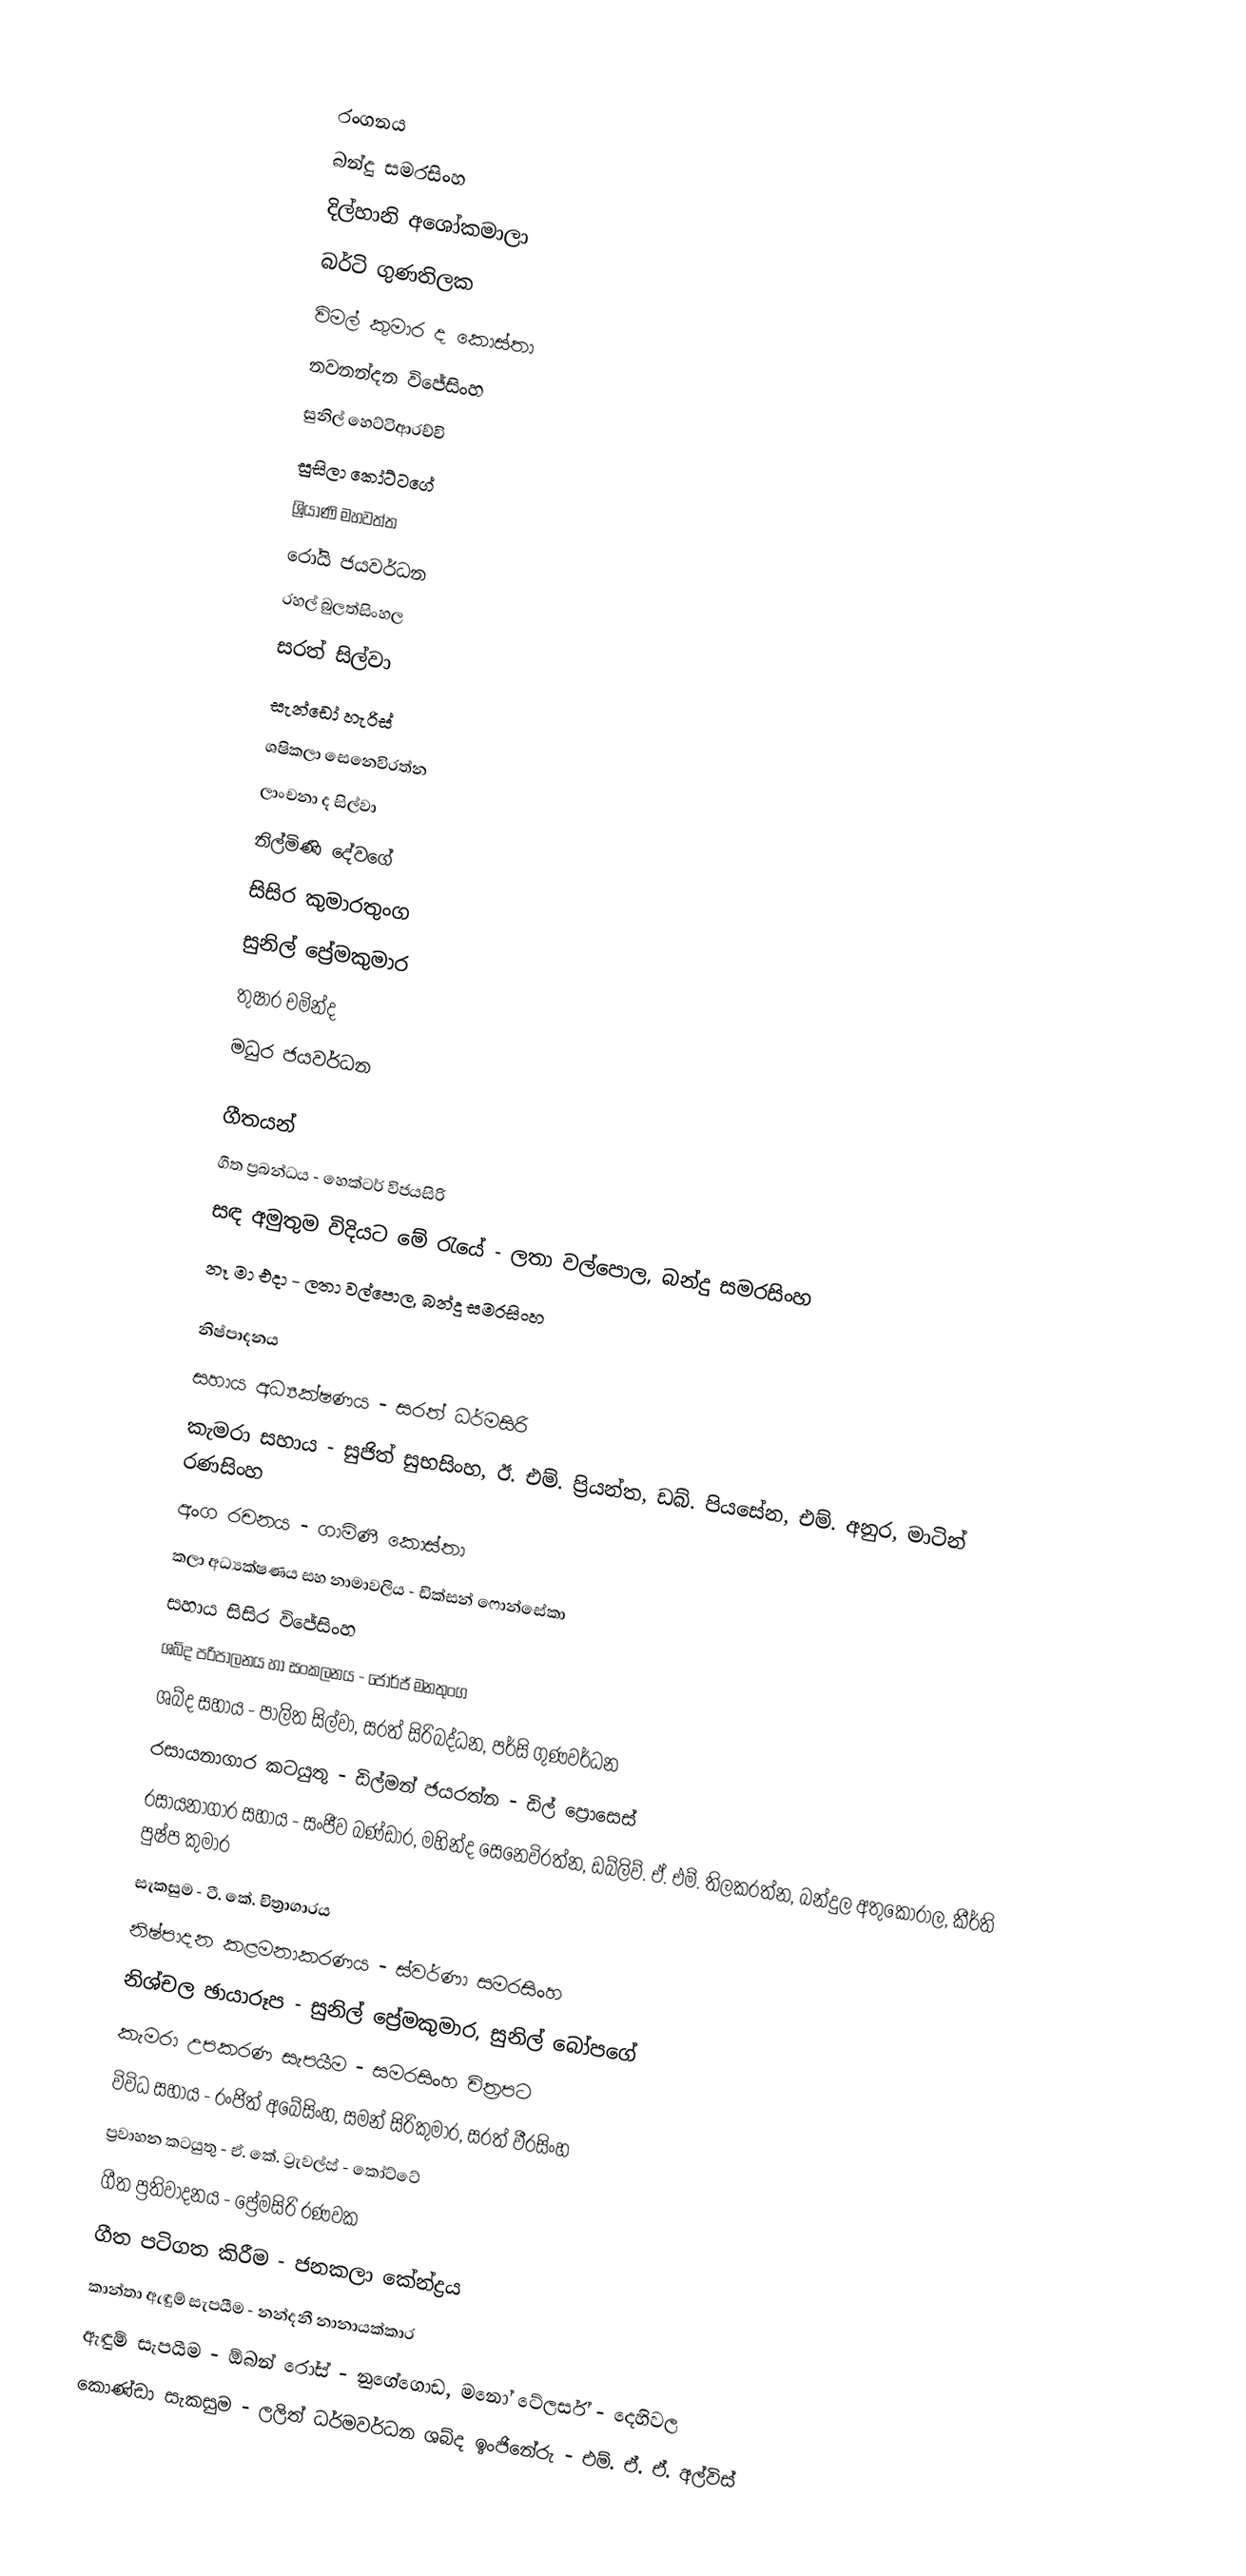

රංගනය
බන්දු සමරසිංහ
දිල්හානි අශෝකමාලා
බර්ටි ගුණතිලක
විමල් කුමාර ද කොස්තා
නවනන්දන විජේසිංහ
සුනිල් හෙට්ටිආරච්චි
සුසිලා කෝට්ටගේ
ශ්‍රියාණි මහවත්ත
රෝයි ජයවර්ධන
රහල් බුලත්සිංහල
සරත් සිල්වා
සැන්ඩෝ හැරිස්
ශෂිකලා සෙනෙවිරත්න
ලාංචනා ද සිල්වා
නිල්මිණි දේවගේ
සිසිර කුමාරතුංග
සුනිල් ප්‍රේමකුමාර
තුෂාර චමින්ද
මධුර ජයවර්ධන

ගීතයන්
ගීත ප්‍රබන්ධය - හෙක්ටර් විජයසිරි
සඳ අමුතුම විදියට මේ රැයේ - ලතා වල්පොල, බන්දු සමරසිංහ
නෑ මා එදා - ලතා වල්පොල, බන්දු සමරසිංහ

නිෂ්පාදනය
සහාය අධ්‍යක්ෂණය - සරත් ධර්මසිරි
කැමරා සහාය - සුජිත් සුභසිංහ, ඊ. එම්. ප්‍රියන්ත, ඩබ්. පියසේන, එම්. අනුර, මාටින් රණසිංහ
අංග රචනය - ගාමිණී කොස්තා
කලා අධ්‍යක්ෂණය සහ නාමාවලිය - ඩික්සන් ෆොන්සේකා
සහාය සිසිර විජේසිංහ
ශබ්ද පරිපාලනය හා සංකලනය - ජෝර්ජ් මනතුංග
ශබ්ද සහාය - පාලිත සිල්වා, සරත් සිරිබද්ධන, පර්සි ගුණවර්ධන
රසායනාගාර කටයුතු - ඩිල්මන් ජයරත්න - ඩිල් ප්‍රොසෙස්
රසායනාගාර සහාය - සංජීව බණ්ඩාර, මහින්ද සෙනෙවිරත්න, ඩබ්ලිව්. ඒ. එම්. තිලකරත්න, බන්දුල අතුකෝරාල, කීර්ති පුෂ්ප කුමාර
සැකසුම - ටී. කේ. චිත්‍රාගාරය
නිෂ්පාදන කළමනාකරණය - ස්වර්ණා සමරසිංහ
නිශ්චල ඡායාරූප - සුනිල් ප්‍රේමකුමාර, සුනිල් බෝපගේ
කැමරා උපකරණ සැපයීම - සමරසිංහ චිත්‍රපට
විවිධ සහාය - රංජිත් අබේසිංහ, සමන් සිරිකුමාර, සරත් වීරසිංහ
ප්‍රවාහන කටයුතු - ඒ. කේ. ට්‍රැවල්ස් - කෝට්ටේ
ගීත ප්‍රතිවාදනය - ප්‍රේමසිරි රණවක
ගීත පටිගත කිරීම - ජනකලා කේන්ද්‍රය
කාන්තා ඇඳුම් සැපයීම - නන්දනී නානායක්කාර
ඇඳුම් සැපයීම - ඕබන් රෝස් - නුගේගොඩ, මනෝ ටේලර්ස් - දෙහිවල
කොණ්ඩා සැකසුම - ලලිත් ධර්මවර්ධන ශබ්ද ඉංජිනේරු - එම්. ඒ. ඒ. අල්විස්